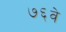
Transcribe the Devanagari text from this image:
७६वे